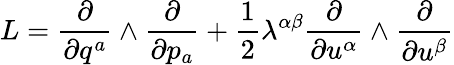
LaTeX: L=\frac{\partial}{\partial q^{a}}\wedge\frac{\partial}{\partial p_{a}}+\frac{1}{2}\lambda^{\alpha\beta}\frac{\partial}{\partial u^{\alpha}}\wedge\frac{\partial}{\partial u^{\beta}}